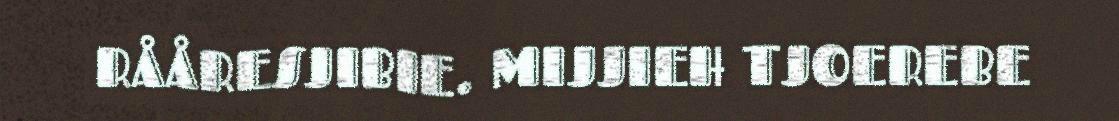
RÅÅRESJIBIE. MIJJIEH TJOEREBE